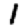
Digit: 1